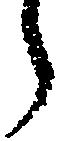
う